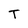
Character: T